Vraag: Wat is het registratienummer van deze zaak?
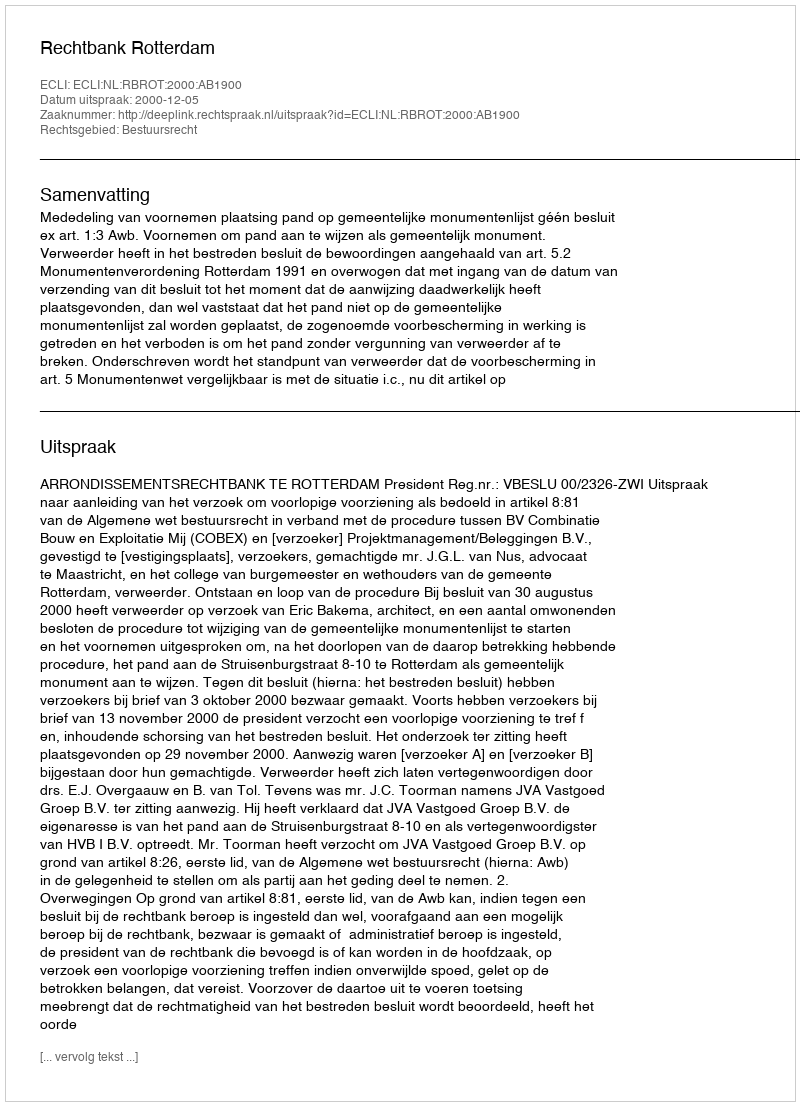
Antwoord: http://deeplink.rechtspraak.nl/uitspraak?id=ECLI:NL:RBROT:2000:AB1900